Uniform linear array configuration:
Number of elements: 24
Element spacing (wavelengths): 0.5
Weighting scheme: blackman
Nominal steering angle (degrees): -15
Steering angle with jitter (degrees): -16.053
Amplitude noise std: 0.05
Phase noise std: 0.05

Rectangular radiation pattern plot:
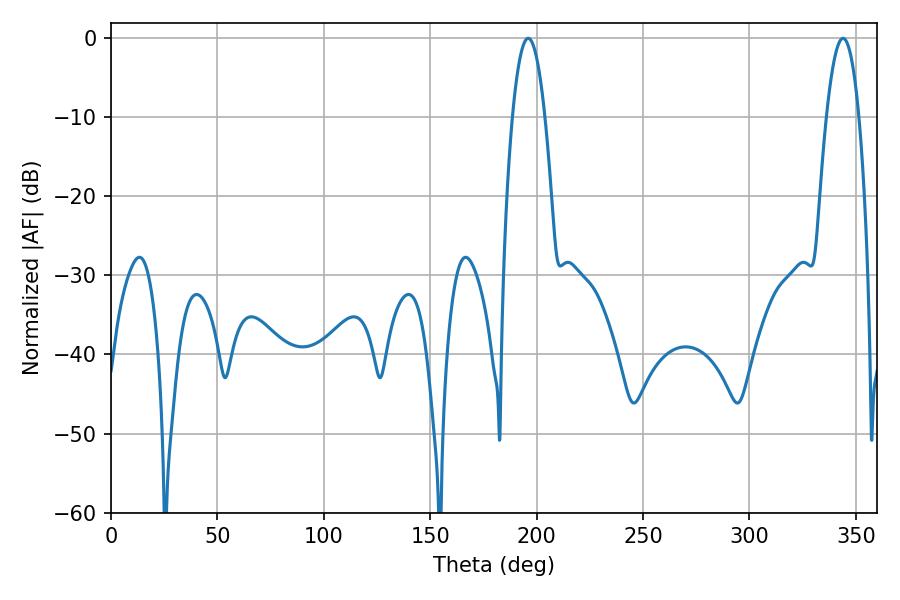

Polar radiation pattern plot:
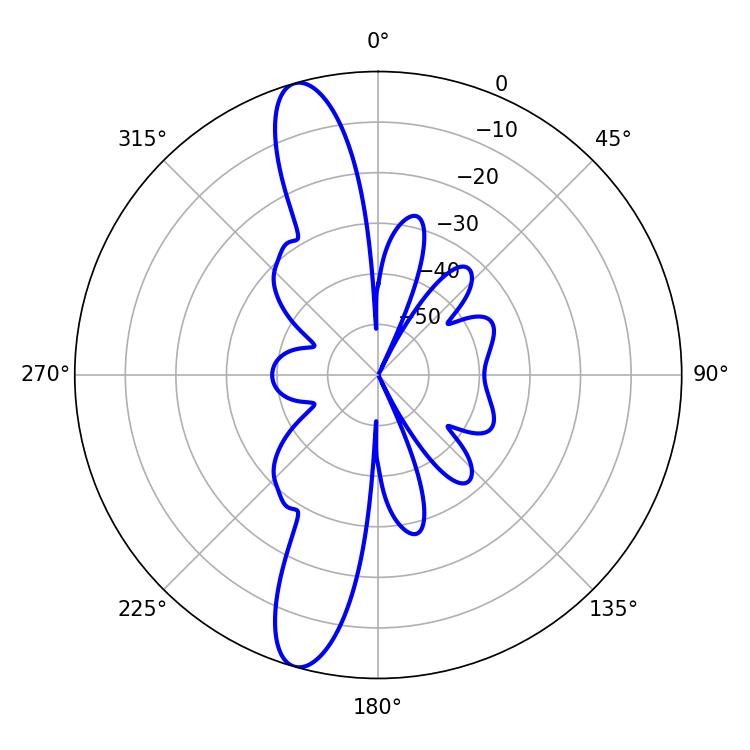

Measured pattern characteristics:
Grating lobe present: FALSE
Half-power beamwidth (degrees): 8.46
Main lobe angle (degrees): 196.02